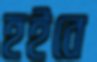
হইবে